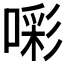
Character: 𭊑